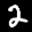
Label: 2